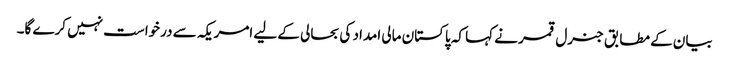
بیان کے مطابق جنرل قمر نے کہا کہ پاکستان مالی امداد کی بحالی کے لیے امریکہ سے درخواست نہیں کرے گا۔